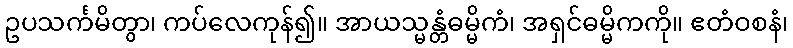
ဥပသင်္ကမိတွာ၊ ကပ်လေကုန်၍။ အာယသ္မန္တံဓမ္မိကံ၊ အရှင်ဓမ္မိကကို။ ဧတံဝစနံ၊